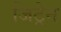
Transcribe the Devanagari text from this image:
जिट्रेन